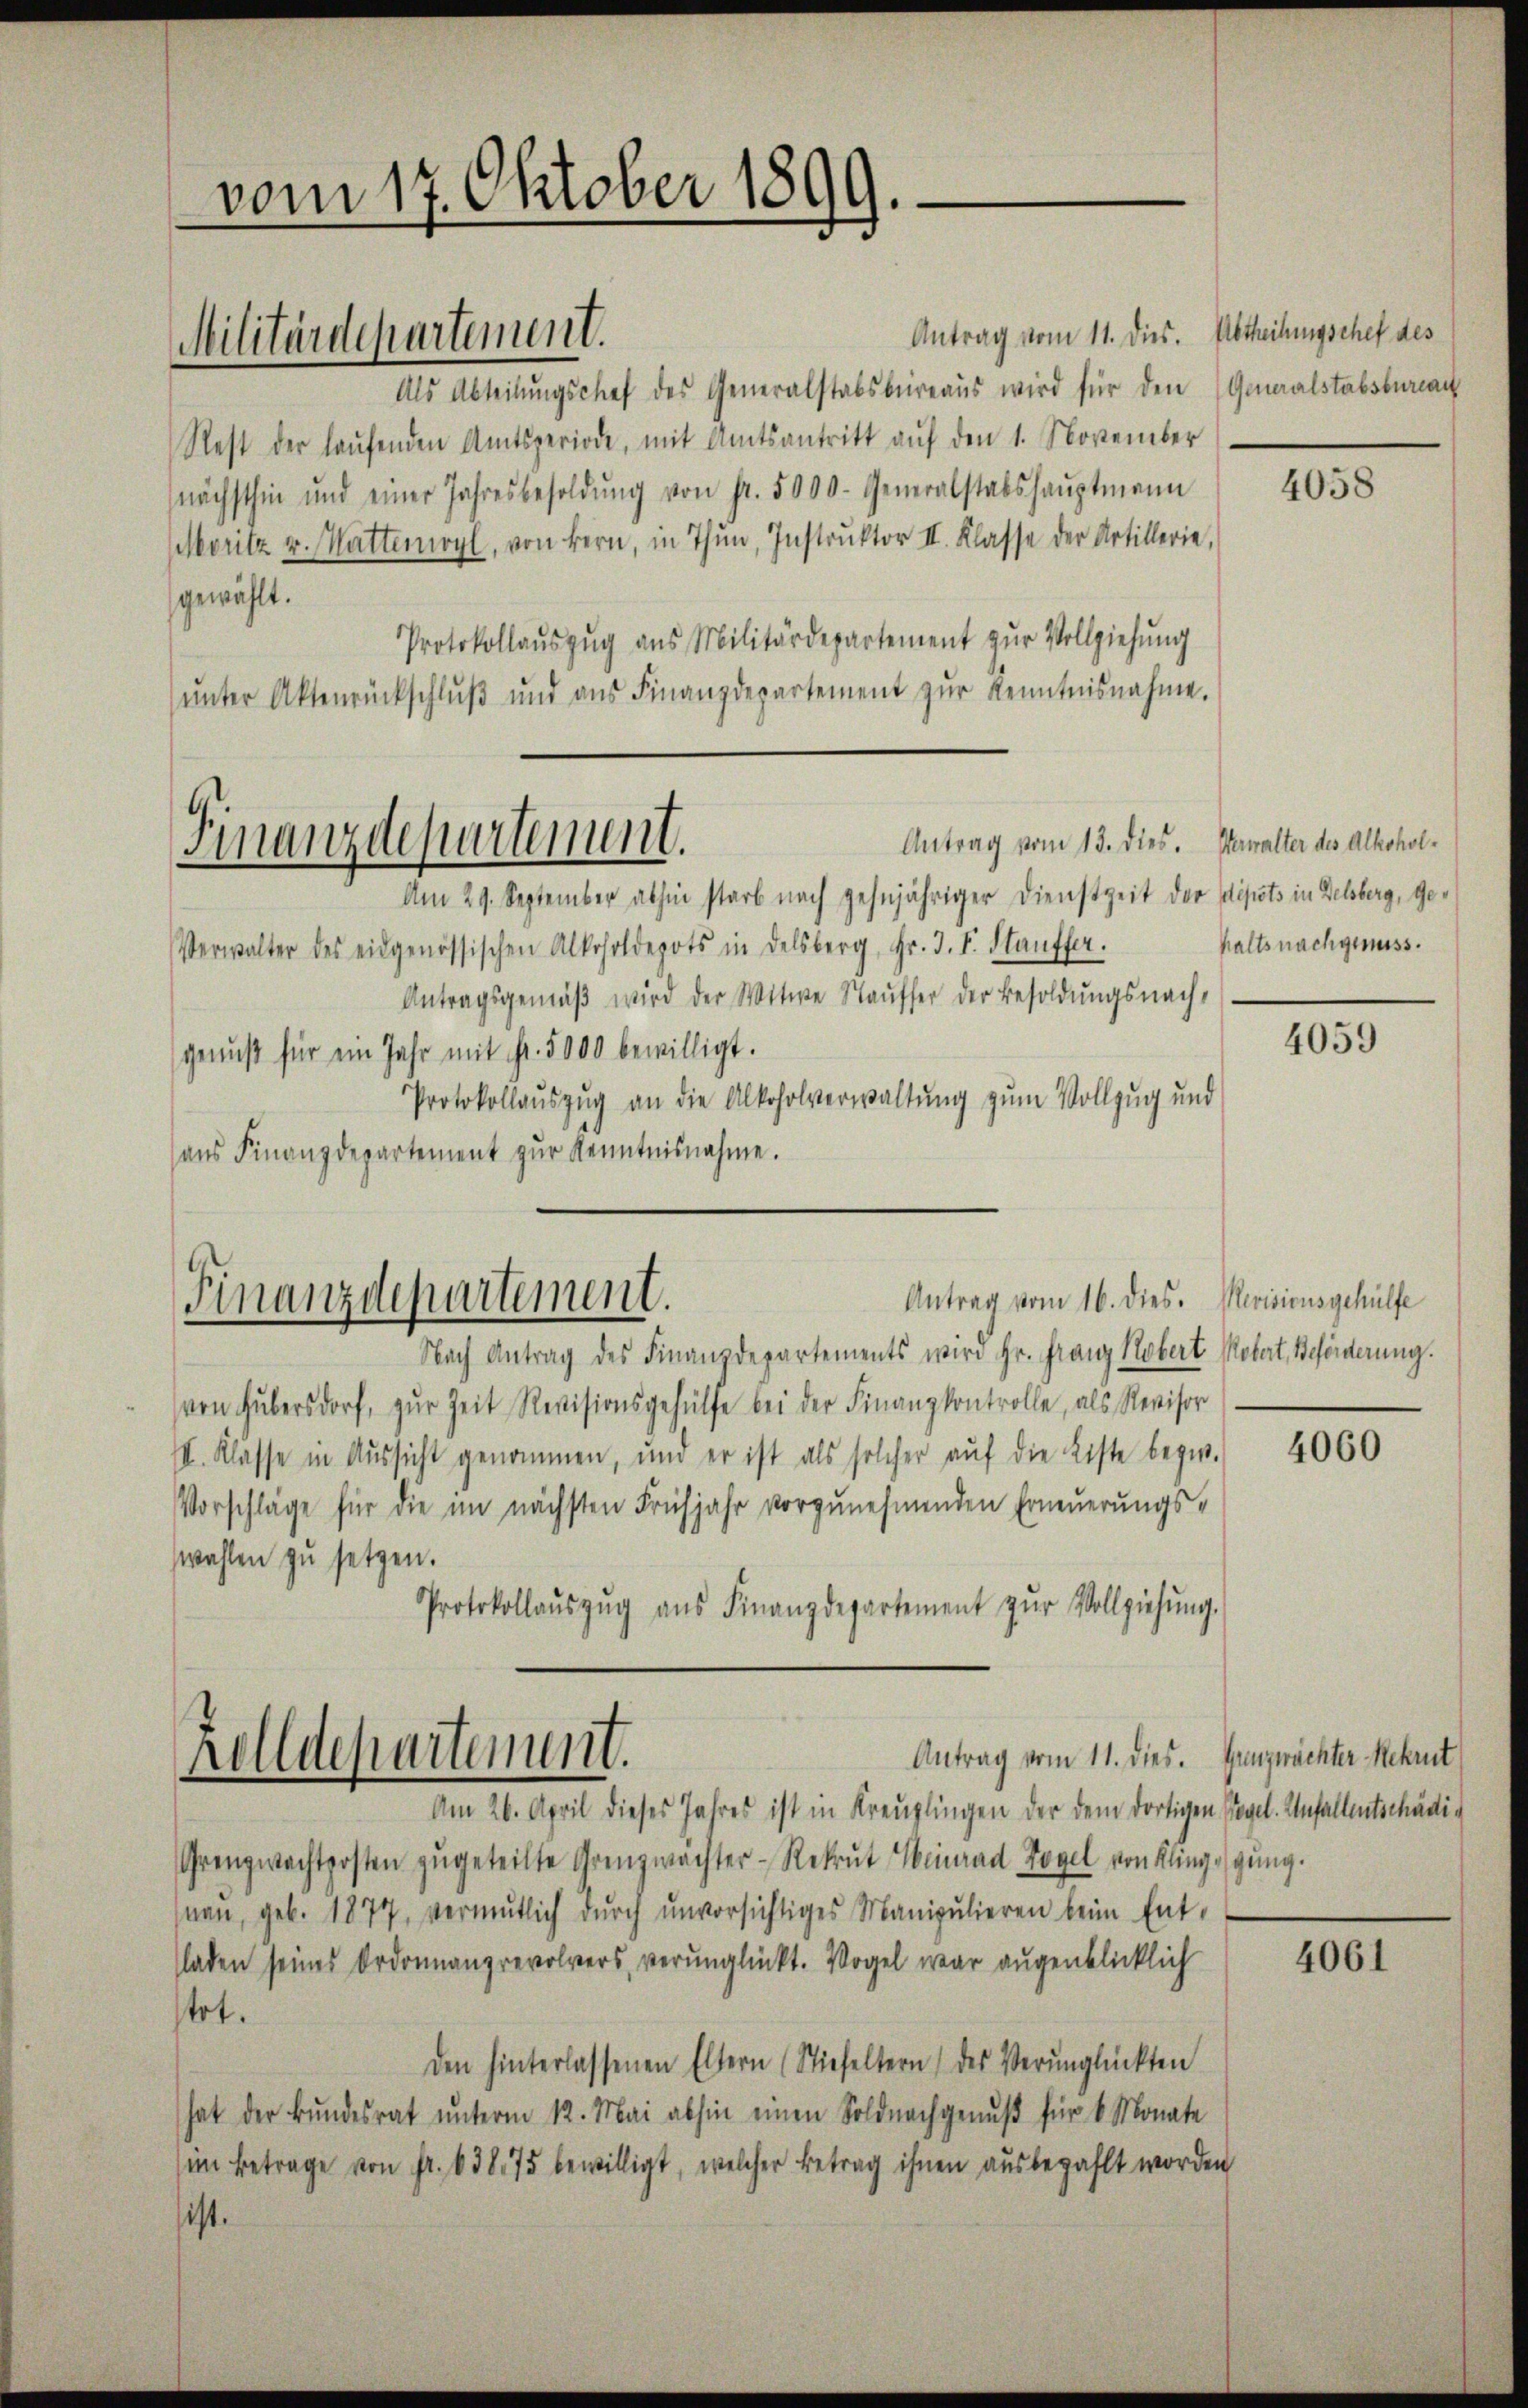
vom 17. Oktober 1899.

Militärdepartement.

Als Abteilŭngschef des Generalstabsbüreaŭs wird für den (Generalstabsbureau
Rest der laŭfenden Amtsperiode, mit Amtsantritt auf den 1. November
nächsthin und einer Jahresbesoldŭng von Fr. 5000- Generalstabshaŭptmann
Moritz u. Wattenwyl, von Bern, in Thun, Instrŭktor II. Klasse der Artillerie,
gewählt.
Protokollaŭszŭg ans Militärdepartement zŭr Vollziehung
ŭnter Aktenrückschlŭβ ŭnd aŭs Finanzdepartement zŭr Kenntnisnahme.
Antrag vom 13. dies. Verwalter des Alkohol¬
Finanzdepartement.
Am 29. September abhin starb nach gehnjähriger Dienstzeit der Depots in Delsberg, ge¬
Verwalter des eidgenössischen Alkoholdepots in Delsberg, Fr. 3. F. Stauffer.
Antragsgemäβ wird der Witwe Staŭfer der Besoldŭngsnach-
genuß für ein Jahr mit Fr. 5000 bewilligt.
Protokollaŭszŭg an die Alkoholverwaltŭng zum Vollzug und
aŭs Finanzdepartement zŭr Kenntnisnahme.

Antrag vom 11. dies. Abtheilungschef des

Antrag vom 16. dies. Revisionsgehülfe
Finanzdepartement.

Nach Antrag des Finanzdepartements wird Hr. Franz Kobert Kobert, Beförderung.
(von Hubersdorf, zŭr Zeit Revisionsgehülfe bei der Finanzkontrolle, als Revisor
II. Klasse in Aussicht genommen, und er ist als solcher aŭf die Liste bezie-
Vorschläge für die im nächsten Frühjahr vorzunehmenden Erneuerungswahlen zu setzen.
Protokollaŭszŭg aŭs Finanzdepartement zŭr Vollziehŭng.

Antrag vom 11. dies. Genzwächter Rekrut
Zolldepartement.
Am 26. April dieses Jahres ist in Kreuzlingen der dem dortigen Vogel. Unfallentschädi¬

Grenzwachtposten zŭgeteilte Grenzwächter-Rekrut Heinrad Vogel von Klingsgŭng.
nen, geb. 1877, vermutlich durch unvorsichtiges Manipulieren beim Ent-
sladen seines Ordonnanzrevolvers, verunglückt. Vogel war augenblicklich
tot.
den hinterlassenen Eltern (Stiefeltern des Verŭnglückten
hat der Bŭndesrat ŭnterm 12. Mai abhin einen Soldnachgenŭβ für 6 Monate
im Betrage von Fr. 63875 bewilligt, welcher Betrag ihnen ausbezahlt worden
ist.

4058

halts nachgenuss.

4059

4060

4061